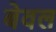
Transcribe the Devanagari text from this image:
बेवल